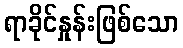
ရာခိုင်နှုန်းဖြစ်သော